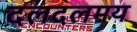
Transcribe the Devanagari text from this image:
दलदलमय